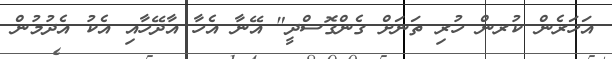
އަހަރެން ކުރން ހުރި ތަނަށް ގެންގޮސްދީ" އޭނާ އެހާ އާދޭހާއި އެކު އެދުމުން